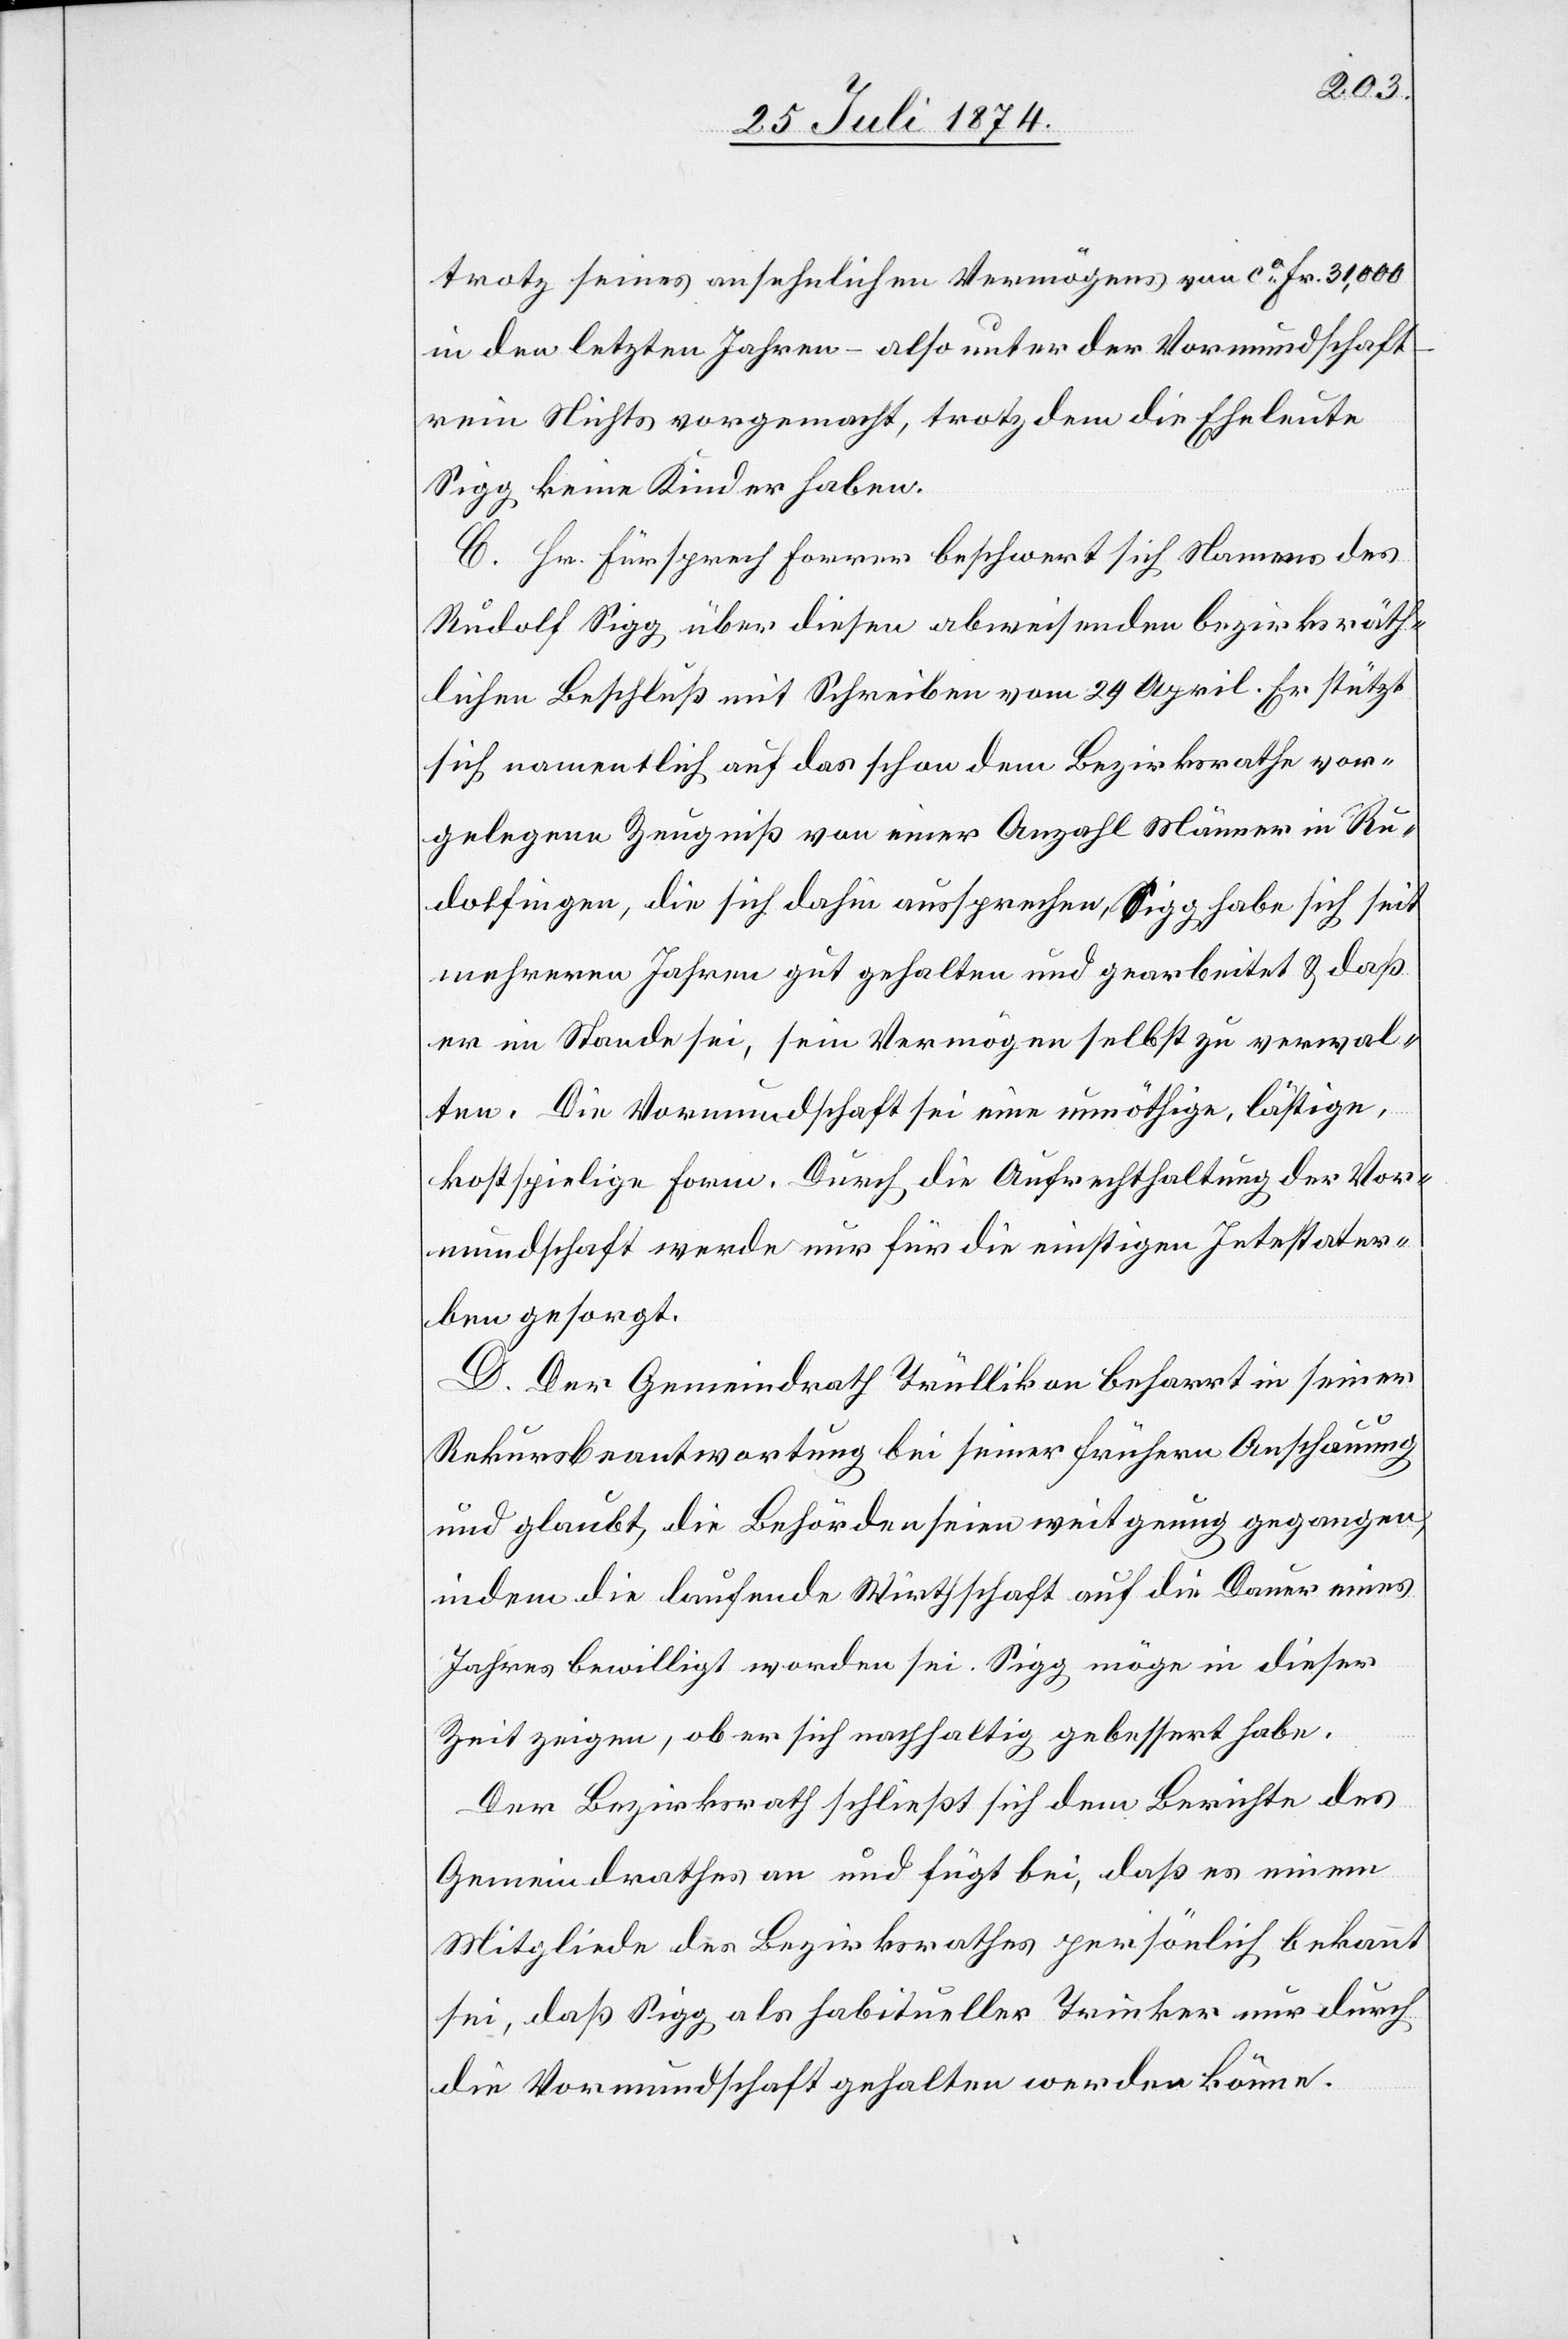
trotz seines ansehnlichen Vermögens von ca Fr. 31,000
in den letzten Jahren – also unter der Vormundschaft
rein Nichts vorgemacht, trotz dem die Eheleute
Sigg keine Kinder haben.
C. Hr. Fürsprech Forrer beschwert sich Namens des
Rudolf Sigg über diesen abweisenden bezirksräth¬
lichen Beschluß mit Schreiben vom 29. April. Er stützt
sich namentlich auf das schon dem Bezirksrathe vor¬
gelegene Zeugniß von einer Anzahl Männer in Ru¬
dolfingen, die sich dahin aussprechen, Sigg habe sich seit
mehreren Jahren gut gehalten und gearbeitet u. daß
er im Stande sei, sein Vermögen selbst zu verwal¬
ten. Die Vormundschaft sei eine unnöthige, lästige,
kostspielige Form. Durch die Aufrechthaltung der Vor¬
mundschaft werde nur für die einstigen Intestater¬
ben gesorgt.
D. Der Gemeindrath Trüllikon beharrt in seiner
Rekursbeantwortung bei seiner frühern Anschauung
und glaubt, die Behörden seien weit genug gegangen,
indem die laufende Wirthschaft auf die Dauer eines
Jahres bewilligt worden sei. Sigg möge in dieser
Zeit zeigen, ob er sich nachhaltig gebessert habe.
Der Bezirksrath schließt sich dem Berichte des
Gemeindrathes an und fügt bei, daß es einem
Mitgliede des Bezirksrathes persönlich bekannt
sei, daß Sigg als habitueller Trinker nur durch
die Vormundschaft gehalten werden könne.